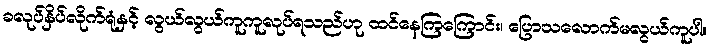
ခလုပ်နှိပ်လိုက်ရုံနှင့် လွယ်လွယ်ကူကူလုပ်ရသည်ဟု ထင်နေကြကြောင်း၊ ပြောသလောက်မလွယ်ကူပါ။